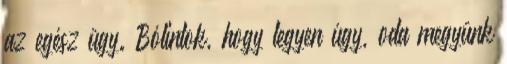
az egész ügy. Bólintok, hogy legyen úgy, oda megyünk